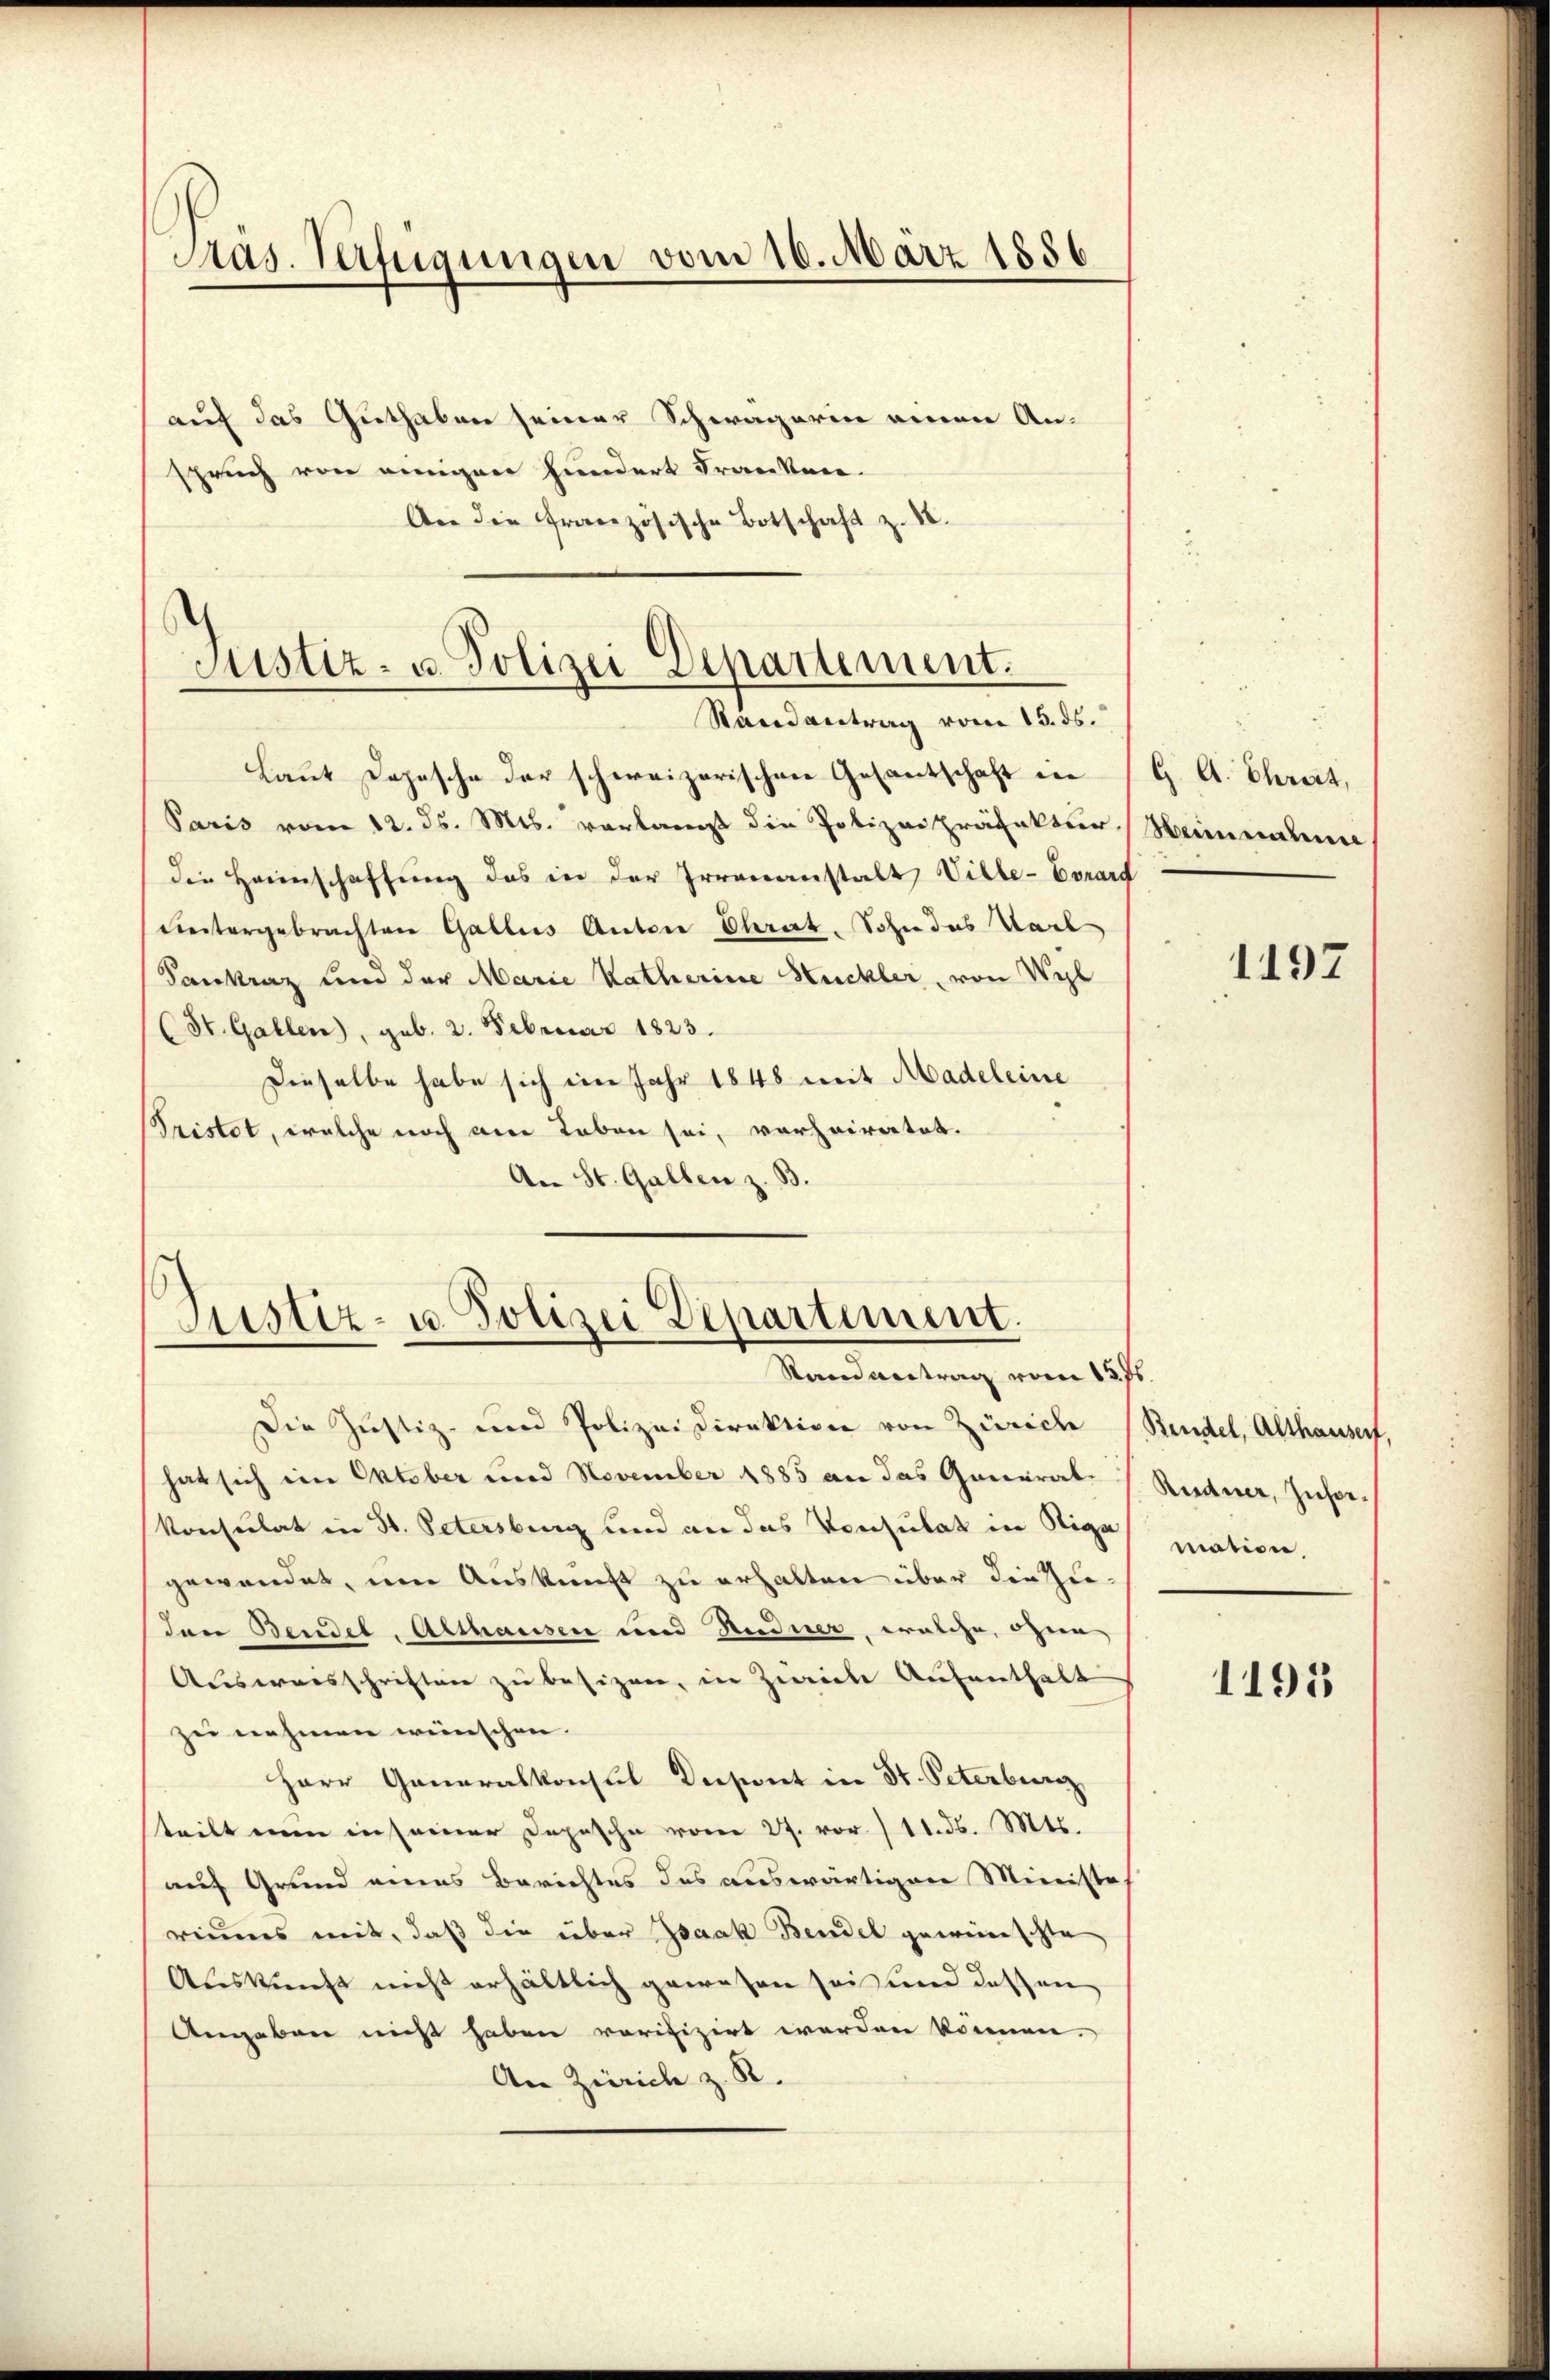
Pras. Verfügungen vom 10. März 1886

auf das Guthaben seiner Schwagerin einen Anspruch von einigen hundert Franken.
An die französische Botschaft z. B.

Justiz- u. Polizei Departement.
Randantrag vom 15. ds.

Laut Depesche der schweizerischen Gesantschaft die
Paris vom 12. ds. Mts. vorlangt die Polizei Präfekter Heinnahme
die Heimschaffung des in der Irrenanstalt Ville-Vorars
Dintergebrachten Gallis Antone Chrat. Sohn das Nach
Saukraz und der Marie Katharine Huckler, von Wyl
(St. Gallen), geb. 2. Februar 1823.
Dieselbe habe sich ein Jahr 1848 mit Madeleine
Tristet, welche noch am Leben sei, verheiratet.
An St. Gallen z. B.

Die Justiz- und Polizeidirektion von Zürich (Bindel, Althausert.
hat sich ein Oktober und November 1885 an das General¬
Konsulat in St. Petersburg und an das Konsulat in Stiga mation.
gewendet, um Auskunft zu erhalten über die Zudon Bendel, Althausen und Studner, welche, ohne
Ausweisschriften zu besizen, in Zweiche Aufenthalt
zu nehmen wünschen. |
Herr Generalkonsul Diesent in St. Peterburg
steilt nun in seiner Depesche vom 27. vor / 11. d. Mts.
auf Grund eines Berichtes des auswärtigen Ministes
riums mit, daß die über Isaak Bendel gewünschte
Auskunft nicht erhältlich gewesen sei und dassen
Angaben nicht haben vorifizirt werden können.
An Zürich z. R.

Justiz- u. Polizei Departement.
Stand vertrag vom 13. fs.

G. A. Chrat,

1197

Rudner, Infor¬

1195